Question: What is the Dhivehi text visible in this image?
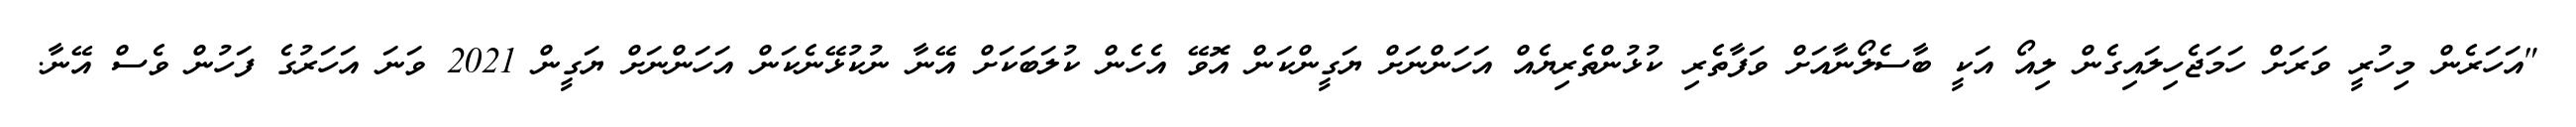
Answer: "އަހަރެން މިހުރީ ވަރަށް ހަމަޖެހިލައިގެން ލިއޯ އަކީ ބާސެލޯނާއަށް ވަފާތެރި ކުޅުންތެރިޔެއް އަހަންނަށް ޔަގީންކަން އޮވޭ އެހެން ކުލަބަކަށް އޭނާ ނުކުޅޭނެކަން އަހަންނަށް ޔަގީން 2021 ވަނަ އަހަރުގެ ފަހުން ވެސް އޭނާ.